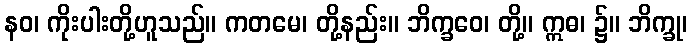
နဝ၊ ကိုးပါးတို့ဟူသည်။ ကတမေ၊ တို့နည်း။ ဘိက္ခဝေ၊ တို့။ ဣဓ၊ ၌။ ဘိက္ခု၊